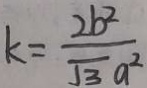
k = \frac { 2 b ^ { 2 } } { \sqrt { 3 } a ^ { 2 } }